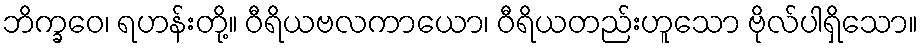
ဘိက္ခဝေ၊ ရဟန်းတို့။ ဝီရိယဗလကာယော၊ ဝီရိယတည်းဟူသော ဗိုလ်ပါရှိသော။